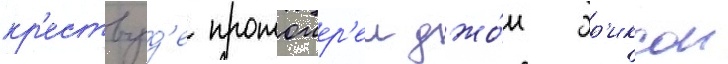
кр'ествуд'е протоиер'еи джо́н эр'иксон